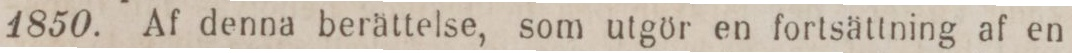
1850. Af denna berättelse, som utgör en fortsättning af en